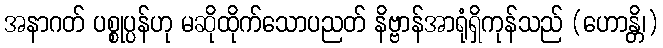
အနာဂတ် ပစ္စုပ္ပန်ဟု မဆိုထိုက်သောပညတ် နိဗ္ဗာန်အာရုံရှိကုန်သည် (ဟောန္တိ၊)